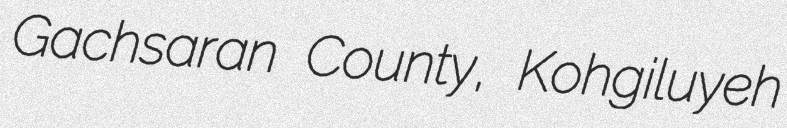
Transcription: Gachsaran County, Kohgiluyeh